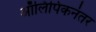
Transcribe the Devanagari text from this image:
ऑलिंपिकनंतर